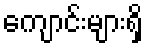
ကျောင်းများရှိ